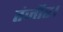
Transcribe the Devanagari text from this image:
तंजौर।